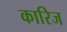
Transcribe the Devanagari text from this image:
कारिज